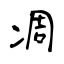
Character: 凋